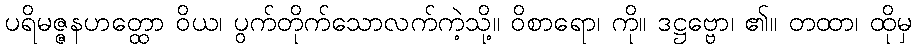
ပရိမဇ္ဇနဟတ္ထော ဝိယ၊ ပွက်တိုက်သောလက်ကဲ့သို့။ ဝိစာရော၊ ကို။ ဒဋ္ဌဗ္ဗော၊ ၏။ တထာ၊ ထိုမှ